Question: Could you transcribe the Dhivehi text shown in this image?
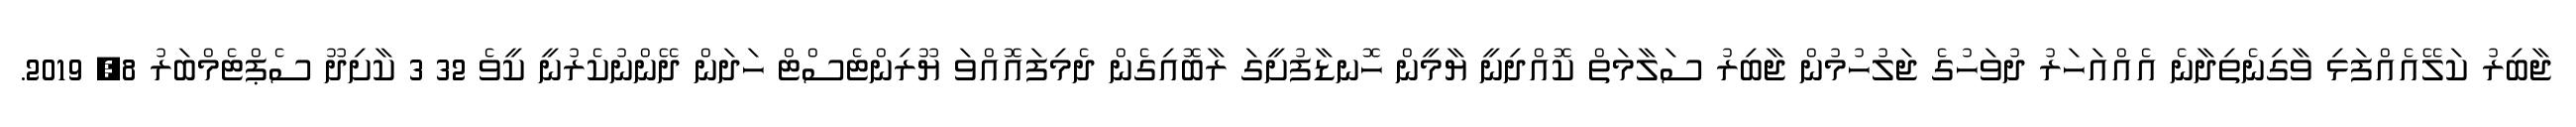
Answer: ޖާބިރު ކަލޭއެއްފަޅި ވާގިނެތިދާނެ އެއްއަހަރު ދުވަހުގެ ޖަލުހުމުން ޖާބިރު ސަލާމަތް ކޮއްދިނީ ޔާމީން ހޮނޑާފުށީގަ ރާބޮއިގެން ދެމިފައޮއްވަ ޔޫރިންޓެސްޓް ހަދަން ދޭންނުކެރުނީ ކީވެ 32 3 ކާށިދޫ ސެޕްޓެމްބަރު 8, 2019.